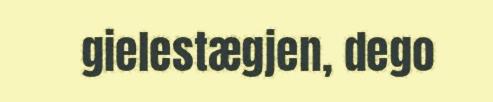
gielestægjen, dego